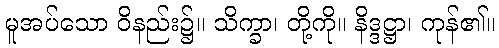
မူအပ်သော ဝိနည်း၌။ သိက္ခာ၊ တို့ကို။ နိဒ္ဒဋ္ဌာ၊ ကုန်၏။